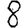
Digit: 8